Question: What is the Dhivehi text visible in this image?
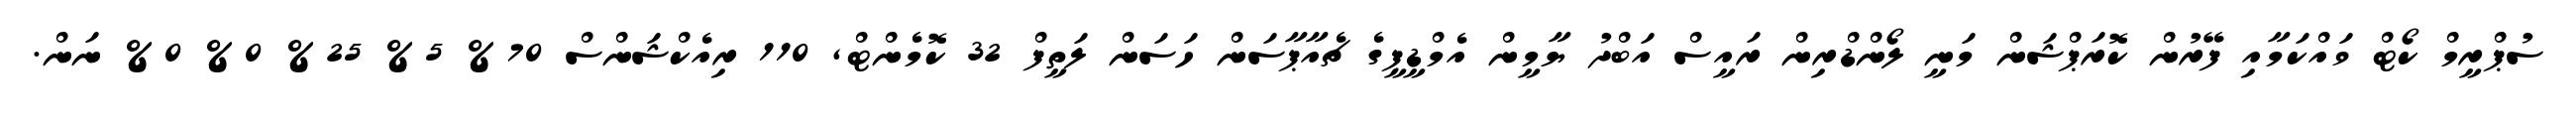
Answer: ސުޕްރީމް ކޯޓް ވައްކަމާއި ފޭރުން ކޮރަޕްޝަން މަނީ ލޯންޑްރިން ރައީސް އަބްދު ޔާމީން އެމްޑީޕީގެ ޗެއާޕާސަން ހަސަން ލަތީފް 32 ކޮމެންޓް, 110 ރިއެކްޝަންސް 70% 5% 25% 0% 0% ނަން.